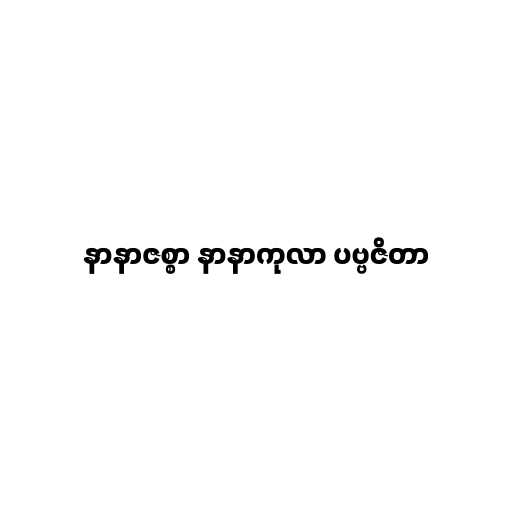
နာနာဇစ္စာ နာနာကုလာ ပဗ္ဗဇိတာ